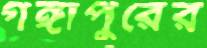
গঙ্গাপুরের